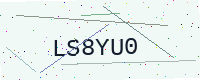
Text: LS8YU0